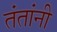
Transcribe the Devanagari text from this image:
तंतांनी